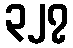
၃၂၇